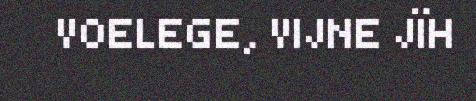
VOELEGE, VIJNE JÏH